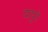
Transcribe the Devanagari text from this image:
दापुरे